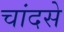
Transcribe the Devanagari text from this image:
चांदसे